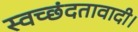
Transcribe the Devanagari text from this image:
स्वच्छंदतावादी।